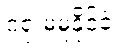
ဂရု မမူနိုင်ခဲ့။